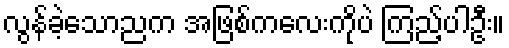
လွန်ခဲ့သောညက အဖြစ်ကလေးကိုပဲ ကြည့်ပါဦး။